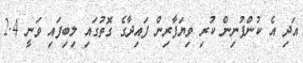
އަދި އެ ކުންފުނިން ކުރި ވިޔަފާރިން ފައިދާގެ ގޮތުގައި ލިބިފައި ވަނީ 2.4